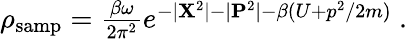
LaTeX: \begin{array}{r}{\rho_{\textrm{samp}}=\frac{\beta\omega}{2\pi^{2}}e^{-|{\mathbf{X}}^{2}|-|{\mathbf{P}}^{2}|-\beta(U+p^{2}/2m)}\mathrm{~.~}}\end{array}